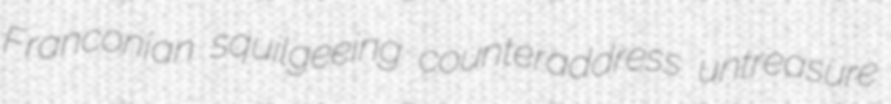
Franconian squilgeeing counteraddress untreasure